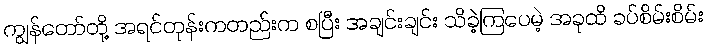
ကျွန်တော်တို့ အရင်တုန်းကတည်းက စပြီး အချင်းချင်း သိခဲ့ကြပေမဲ့ အခုထိ ခပ်စိမ်းစိမ်း